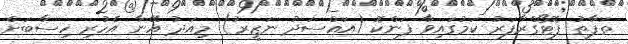
ތަފާތު ފޮޓޯގްރާފަރު ކަމުގައިވާ ފަންކޮ (އައްސަދު ނަޒީރު) މިއަދު އޭނާ އެހުރި ހިސާބަށް